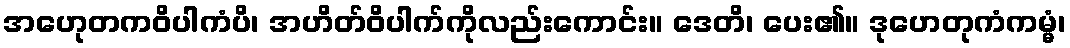
အဟေုတကဝိပါကံပိ၊ အဟိတ်ဝိပါက်ကိုလည်းကောင်း။ ဒေတိ၊ ပေး၏။ ဒုဟေတုကံကမ္မံ၊